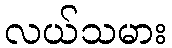
လယ်သမား